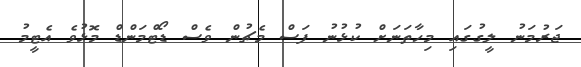
ޖަރުމަނު ލީގުގައި މިހާތަނަށް ކުޅުނު ފަސް މެޗުން ވެސް ޑޯޓްމަންޑް މޮޅުވެ އެޓީމު